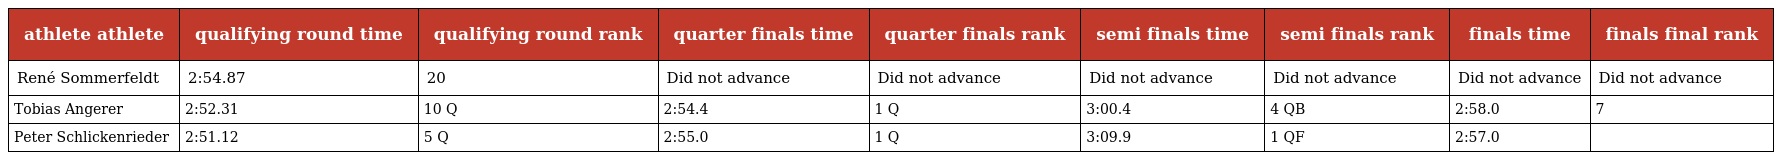
| athlete athlete | qualifying round time | qualifying round rank | quarter finals time | quarter finals rank | semi finals time | semi finals rank | finals time | finals final rank |
 | --- | --- | --- | --- | --- | --- | --- | --- | --- |
 | René Sommerfeldt | 2:54.87 | 20 | Did not advance | Did not advance | Did not advance | Did not advance | Did not advance | Did not advance |
 | Tobias Angerer | 2:52.31 | 10 Q | 2:54.4 | 1 Q | 3:00.4 | 4 QB | 2:58.0 | 7 |
 | Peter Schlickenrieder | 2:51.12 | 5 Q | 2:55.0 | 1 Q | 3:09.9 | 1 QF | 2:57.0 |  |